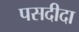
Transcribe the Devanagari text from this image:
पसदीदा